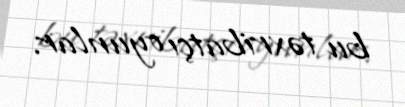
bu təxribatçı oyunlar.